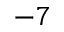
^ { - 7 }